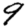
Digit: 9